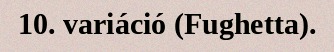
10. variáció (Fughetta).